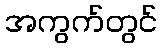
အကွက်တွင်